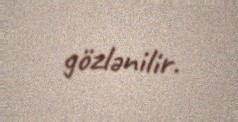
gözlənilir.